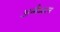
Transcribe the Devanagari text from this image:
अनैमल